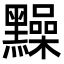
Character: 䵲